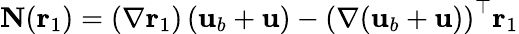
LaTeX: \mathbf{N}(\mathbf{r}_{1})=\left(\nabla\mathbf{r}_{1}\right)\left(\mathbf{u}_{b}+\mathbf{u}\right)-\left(\nabla(\mathbf{u}_{b}+\mathbf{u})\right)^{\top}\mathbf{r}_{1}